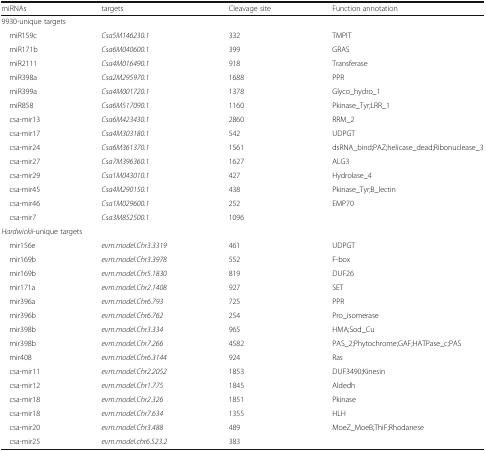
<table><thead><tr><td><b>miRNAs</b></td><td><b>targets</b></td><td><b>Cleavage site</b></td><td><b>Function annotation</b></td></tr></thead><tbody><tr><td colspan="4">9930-unique targets</td></tr><tr><td> miR159c</td><td><i>Csa5M146230.1</i></td><td>332</td><td>TMPIT</td></tr><tr><td> miR171b</td><td><i>Csa6M040600.1</i></td><td>399</td><td>GRAS</td></tr><tr><td> miR2111</td><td><i>Csa4M016490.1</i></td><td>918</td><td>Transferase</td></tr><tr><td> miR398a</td><td><i>Csa2M295970.1</i></td><td>1688</td><td>PPR</td></tr><tr><td> miR399a</td><td><i>Csa4M001720.1</i></td><td>1378</td><td>Glyco_hydro_1</td></tr><tr><td> miR858</td><td><i>Csa6M517090.1</i></td><td>1160</td><td>Pkinase_Tyr;LRR_1</td></tr><tr><td> csa-mir13</td><td><i>Csa6M423430.1</i></td><td>2860</td><td>RRM_2</td></tr><tr><td> csa-mir17</td><td><i>Csa4M303180.1</i></td><td>542</td><td>UDPGT</td></tr><tr><td> csa-mir24</td><td><i>Csa6M361370.1</i></td><td>1561</td><td>dsRNA_bind;PAZ;helicase_dead;Ribonuclease_3</td></tr><tr><td> csa-mir27</td><td><i>Csa7M396360.1</i></td><td>1627</td><td>ALG3</td></tr><tr><td> csa-mir29</td><td><i>Csa1M043010.1</i></td><td>427</td><td>Hydrolase_4</td></tr><tr><td> csa-mir45</td><td><i>Csa4M290150.1</i></td><td>438</td><td>Pkinase_Tyr;B_lectin</td></tr><tr><td> csa-mir46</td><td><i>Csa1M029600.1</i></td><td>252</td><td>EMP70</td></tr><tr><td> csa-mir7</td><td><i>Csa3M852500.1</i></td><td>1096</td><td></td></tr><tr><td colspan="4"><i>Hardwickii</i>-unique targets</td></tr><tr><td> mir156e</td><td><i>evm.model.Chr3.3319</i></td><td>461</td><td>UDPGT</td></tr><tr><td> mir169b</td><td><i>evm.model.Chr3.3978</i></td><td>552</td><td>F-box</td></tr><tr><td> mir169b</td><td><i>evm.model.Chr5.1830</i></td><td>819</td><td>DUF26</td></tr><tr><td> mir171a</td><td><i>evm.model.Chr2.1408</i></td><td>927</td><td>SET</td></tr><tr><td> mir396a</td><td><i>evm.model.Chr6.793</i></td><td>725</td><td>PPR</td></tr><tr><td> mir396b</td><td><i>evm.model.Chr6.762</i></td><td>254</td><td>Pro_isomerase</td></tr><tr><td> mir398b</td><td><i>evm.model.Chr3.334</i></td><td>965</td><td>HMA;Sod_Cu</td></tr><tr><td> mir398b</td><td><i>evm.model.Chr7.266</i></td><td>4582</td><td>PAS_2;Phytochrome;GAF;HATPase_c;PAS</td></tr><tr><td> mir408</td><td><i>evm.model.Chr6.3144</i></td><td>924</td><td>Ras</td></tr><tr><td> csa-mir11</td><td><i>evm.model.Chr2.2052</i></td><td>1853</td><td>DUF3490;Kinesin</td></tr><tr><td> csa-mir12</td><td><i>evm.model.Chr1.775</i></td><td>1845</td><td>Aldedh</td></tr><tr><td> csa-mir18</td><td><i>evm.model.Chr2.326</i></td><td>1851</td><td>Pkinase</td></tr><tr><td> csa-mir18</td><td><i>evm.model.Chr7.634</i></td><td>1355</td><td>HLH</td></tr><tr><td> csa-mir20</td><td><i>evm.model.Chr3.488</i></td><td>489</td><td>MoeZ_MoeB;ThiF;Rhodanese</td></tr><tr><td> csa-mir25</td><td><i>evm.model.chr6.523.2</i></td><td>383</td><td></td></tr></tbody></table>